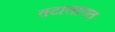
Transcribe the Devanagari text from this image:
तटालागत